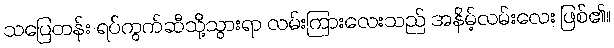
သပြေတန်း ရပ်ကွက်ဆီသို့သွားရာ လမ်းကြားလေးသည် အနိမ့်လမ်းလေး ဖြစ်၏။